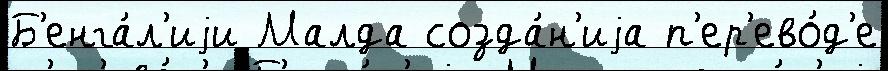
Б'енга́л'иjи Малда созда́н'иjа п'ер'ево́д'е